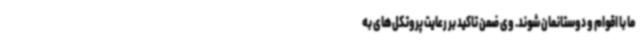
ما با اقوام و دوستانمان شوند. وی ضمن تاکید بر رعایت پروتکل‌های به